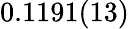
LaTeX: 0.1191(13)